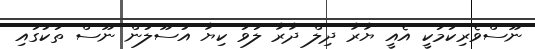
ނޫސްވެރިކަމަކީ އެއީ ޔާރާ ދިލް ދާރާ ލަވަ ކިޔާ އުސޫލުން ނޫސް ތަކުގައި